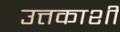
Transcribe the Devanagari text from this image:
उत्तकाशी